Leningradi_Edasi_toimetus, lk 173
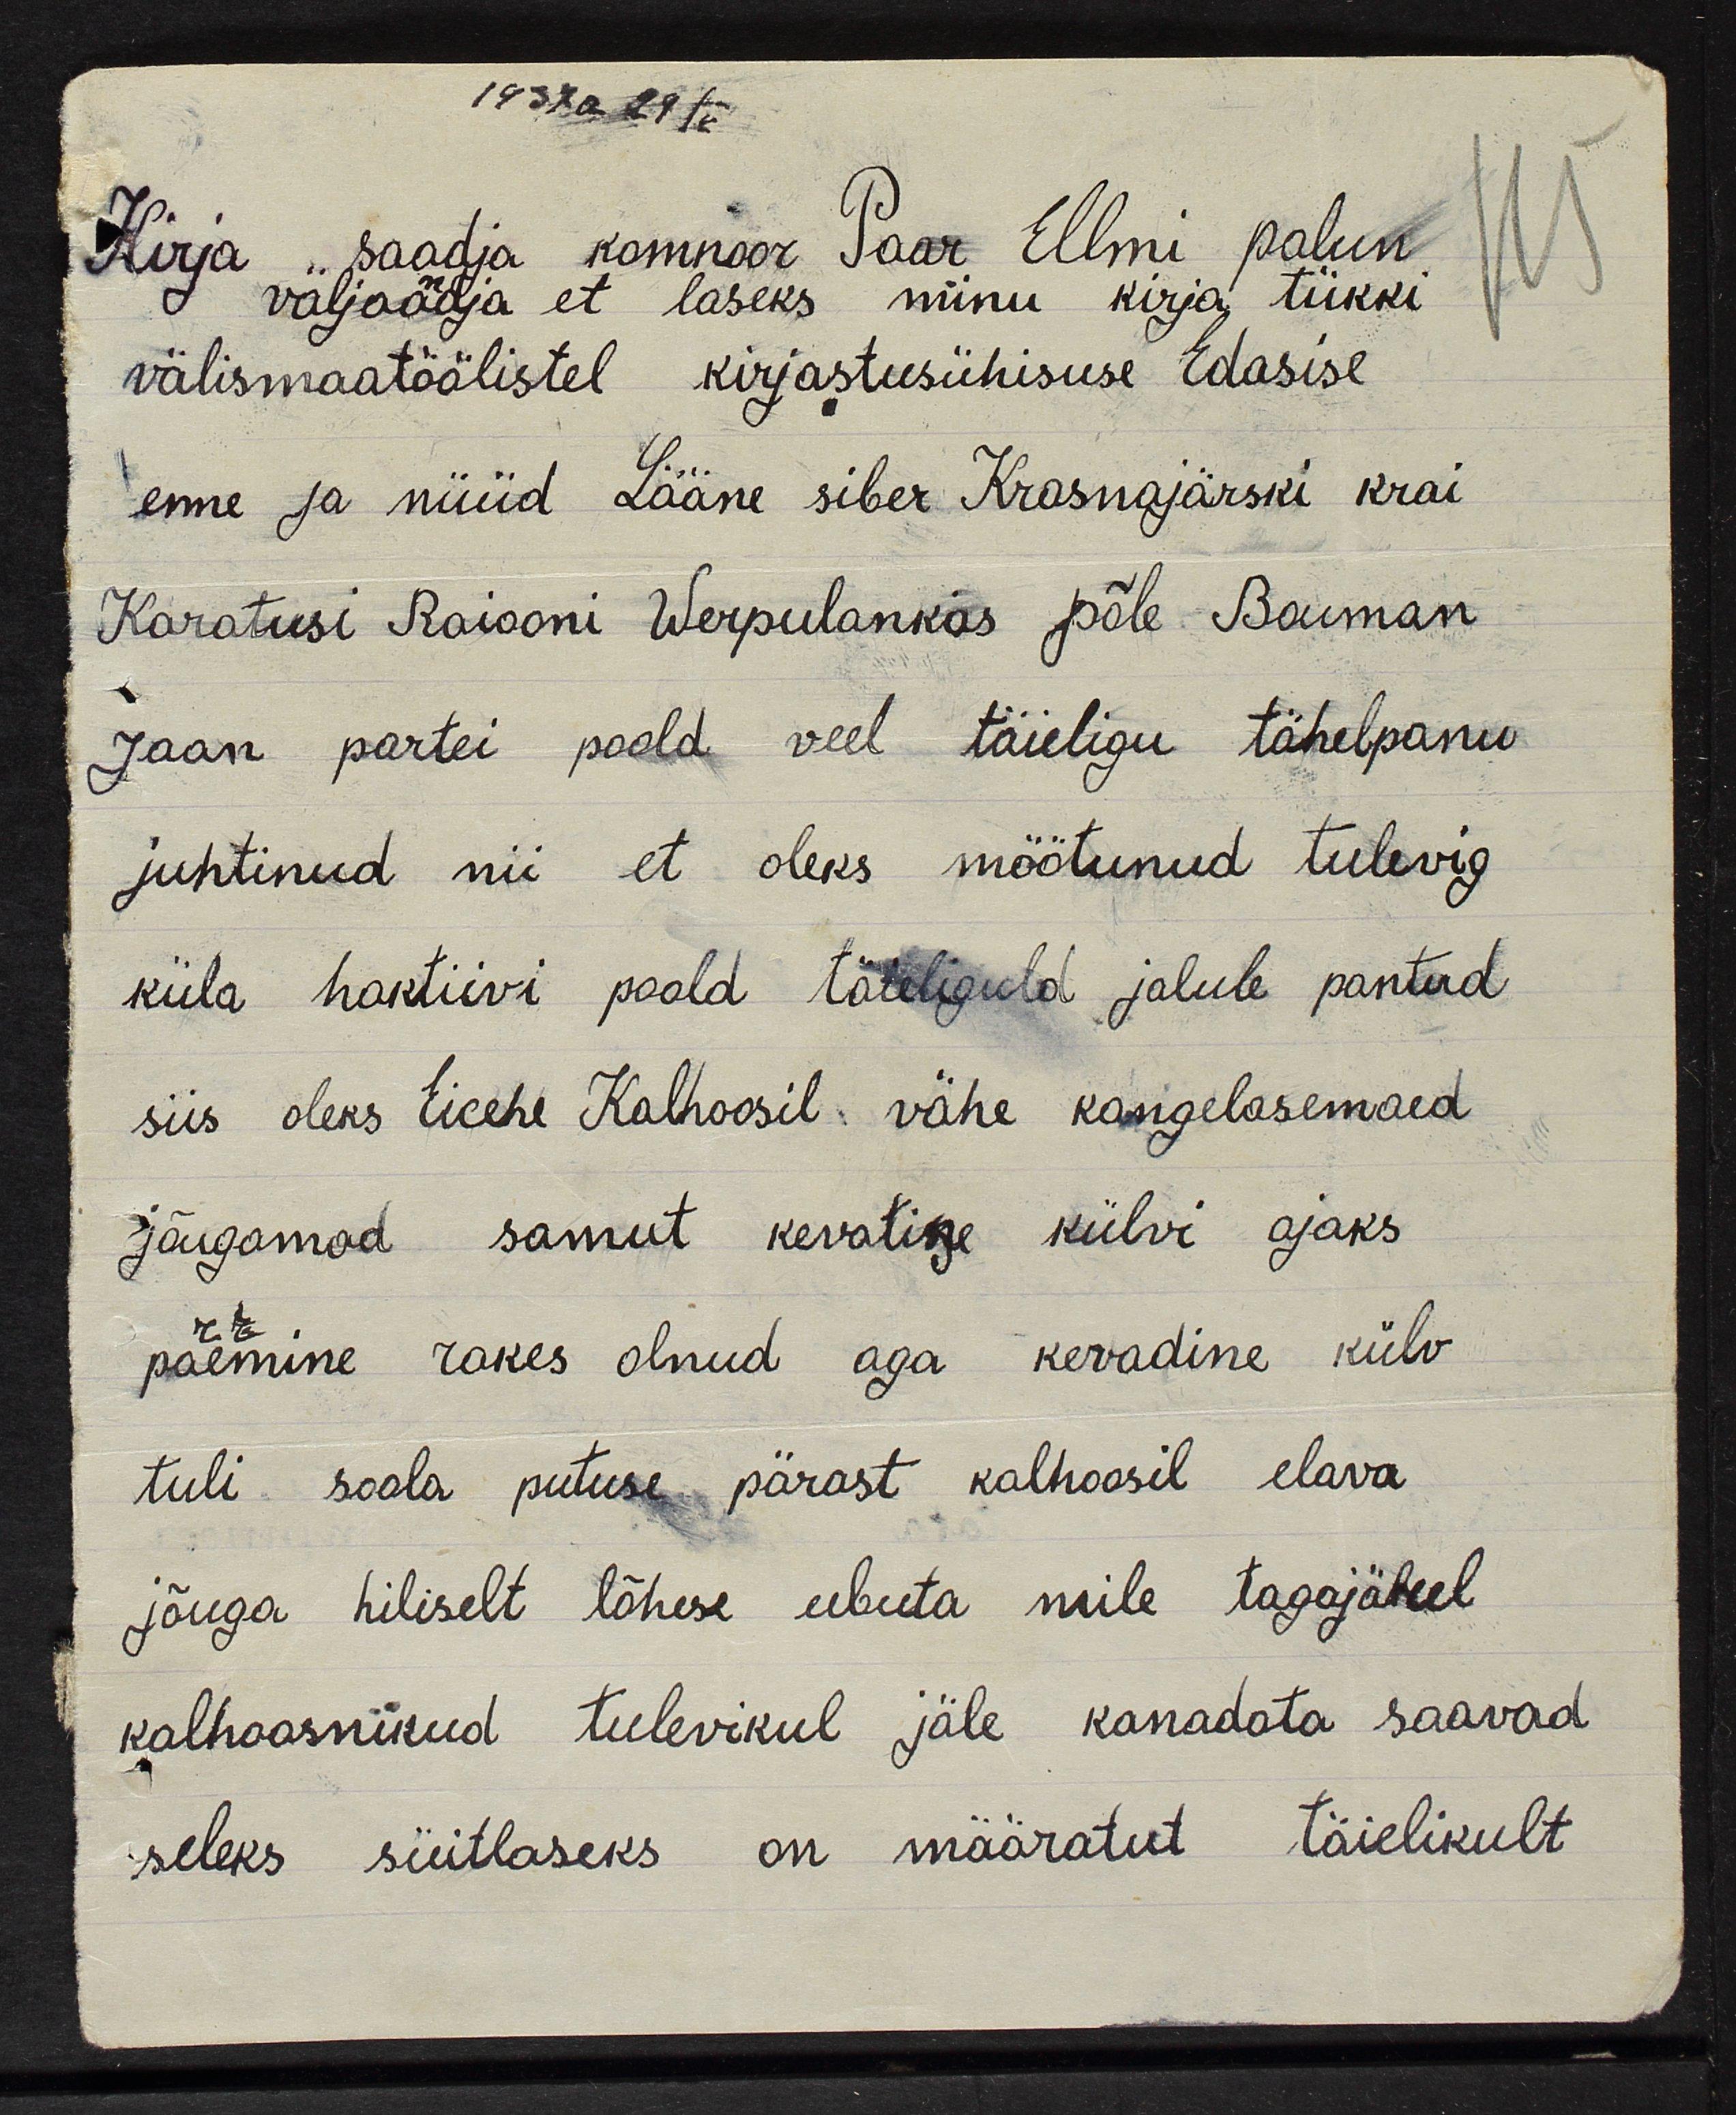
1937 a 29 s.
Kirja "saatja komnoor Paar Ellmi palun
valjaandja et laseks minu kirja tükki
115
välismaatöölistel kirjastusühisuse Edasise
enne ja nüüd Lääne siber Krasnojarski krai
Karatusi Raiooni Werpulankas põle Baiman
Jaan partei poold veel täieligu tähelepanu
juhtinud nii et oleks möötunud tulevig
küla haktiivi poold täteliguld jalule pantud
siis oleks Eicehe Kalhoosil vähe kangelasemaed
jõugamad samut kevatise külvi ajaks
paemine rakes olnud aga kevadine külv
r
tuli soola putuse pärast kolhoosil elava
jõuga hiliselt lõhese ubuta mile tagajärel
kolhoosnikud tulevikul jäle kanadata saavad
seleks süitlaseks on määratut täielikult